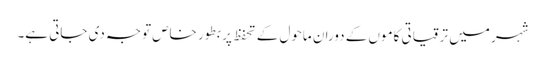
شہر میں ترقیاتی کاموں کے دوران ماحول کے تحفظ پر بطور خاص توجہ دی جاتی ہے۔